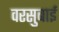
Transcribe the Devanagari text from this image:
वरसुबाई